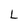
Character: L